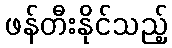
ဖန်တီးနိုင်သည့်